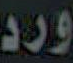
ورد